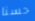
حسنا